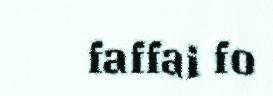
faffai fo